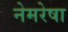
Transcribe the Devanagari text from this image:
नेमरेषा